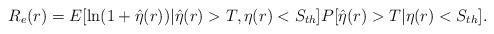
LaTeX: \begin{align*}R_e(r)=E[\ln(1+\hat{\eta}(r))|\hat{\eta}(r)>T,\eta(r)<S_{th}]P[\hat{\eta}(r)>T|\eta(r)<S_{th}].\end{align*}